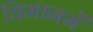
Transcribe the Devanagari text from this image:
विमानमें